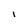
Character: i